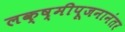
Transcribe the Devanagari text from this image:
लक्ष्मीपूजनानंतर